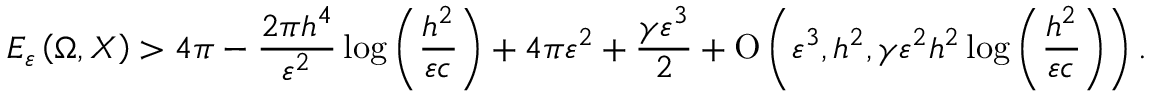
E _ { \varepsilon } \left( \Omega , X \right) > 4 \pi - \frac { 2 \pi h ^ { 4 } } { \varepsilon ^ { 2 } } \log { \left( \frac { h ^ { 2 } } { \varepsilon c } \right) } + 4 \pi \varepsilon ^ { 2 } + \frac { \gamma \varepsilon ^ { 3 } } { 2 } + \ensuremath { \operatorname { O } \left( \varepsilon ^ { 3 } , h ^ { 2 } , \gamma \varepsilon ^ { 2 } h ^ { 2 } \log { \left( \frac { h ^ { 2 } } { \varepsilon c } \right) } \right) } .